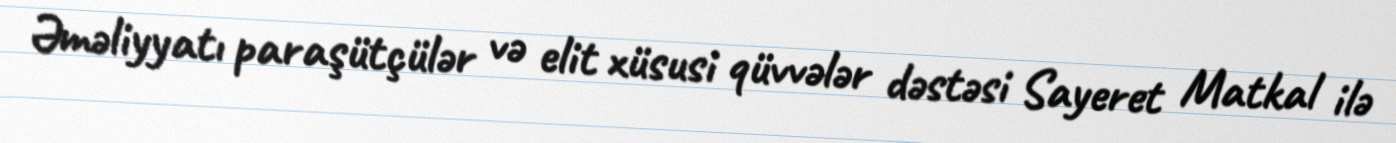
Əməliyyatı paraşütçülər və elit xüsusi qüvvələr dəstəsi Sayeret Matkal ilə